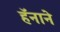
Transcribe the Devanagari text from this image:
हॅनाने